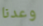
وعدنا